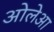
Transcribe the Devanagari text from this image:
ओलेआ